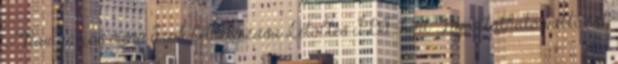
„ Navigációs menü Fiók létrehozása Letöltés PDF-ként Nyomtatható változat